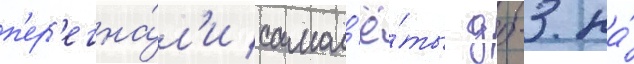
п'ер'егна́л'и самол'ё́ты дб-3 на́